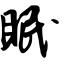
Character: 眠